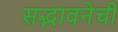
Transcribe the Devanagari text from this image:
सद्भावनेची